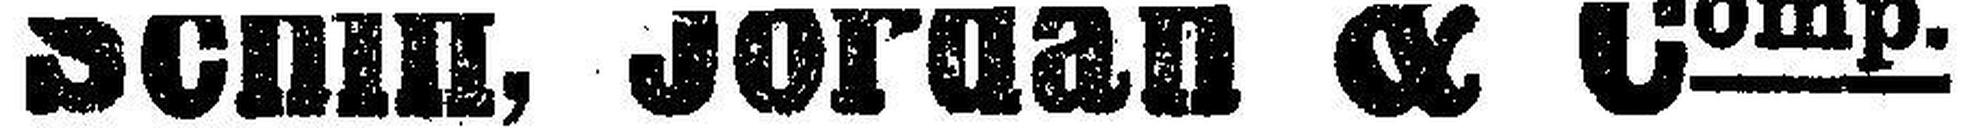
Schiff, Jordan & Comp.